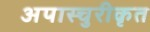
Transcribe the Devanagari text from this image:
अपास्चुरीकृत